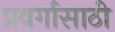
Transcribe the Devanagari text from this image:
प्रवर्गासाठी